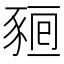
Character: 𧱖